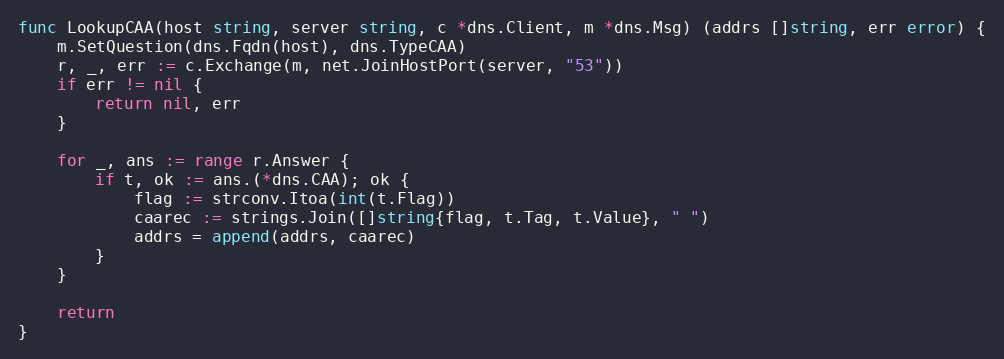
Language: Go
func LookupCAA(host string, server string, c *dns.Client, m *dns.Msg) (addrs []string, err error) {
	m.SetQuestion(dns.Fqdn(host), dns.TypeCAA)
	r, _, err := c.Exchange(m, net.JoinHostPort(server, "53"))
	if err != nil {
		return nil, err
	}

	for _, ans := range r.Answer {
		if t, ok := ans.(*dns.CAA); ok {
			flag := strconv.Itoa(int(t.Flag))
			caarec := strings.Join([]string{flag, t.Tag, t.Value}, " ")
			addrs = append(addrs, caarec)
		}
	}

	return
}